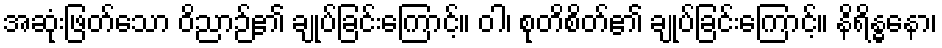
အဆုံးဖြတ်သော ဝိညာဉ်၏ ချုပ်ခြင်းကြောင့်။ ဝါ၊ စုတိစိတ်၏ ချုပ်ခြင်းကြောင့်။ နိရိန္ဓနော၊